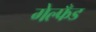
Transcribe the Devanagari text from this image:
गेल्फँड